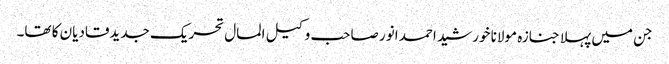
جن میں پہلا جنازہ مولانا خورشید احمد انور صاحب وکیل المال تحریک جدیدقادیان کا تھا۔